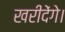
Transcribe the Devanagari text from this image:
खरीदेंगे।